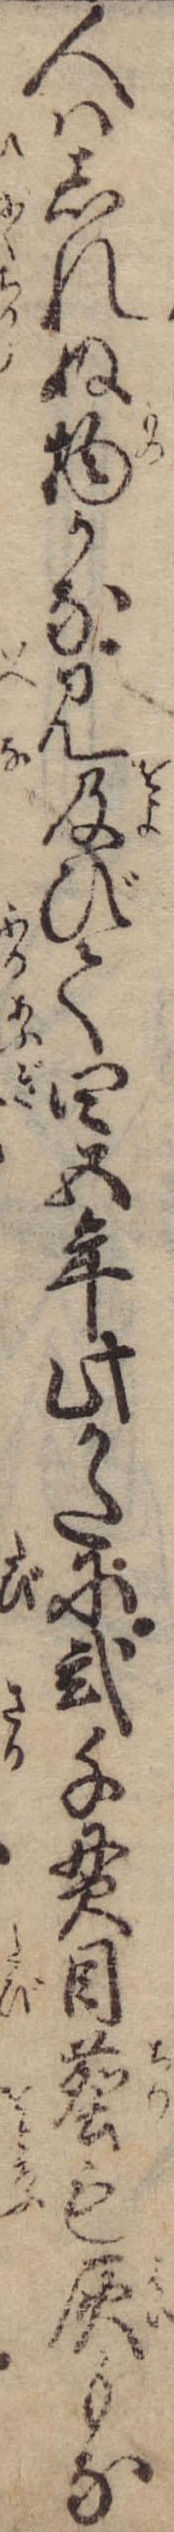
人はしれぬ物かな見及びて四五年此かたに弐千貫目塵も灰もな